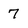
Character: 7